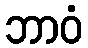
ဘာဝံ